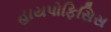
હાયપોફિસિસ